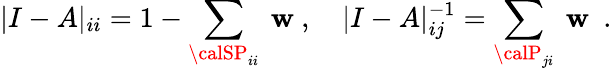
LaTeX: |I-A|_{ii}=1-\sum_{{\calSP}_{ii}}\ \mathbf{w}\ ,\quad|I-A|_{ij}^{-1}=\sum_{{\calP}_{ji}}\ \mathbf{w}\ \ .